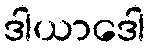
ဒါယာဒေါ